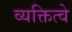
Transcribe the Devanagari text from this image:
व्यक्तित्वे